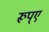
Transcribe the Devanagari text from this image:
रूप्ए